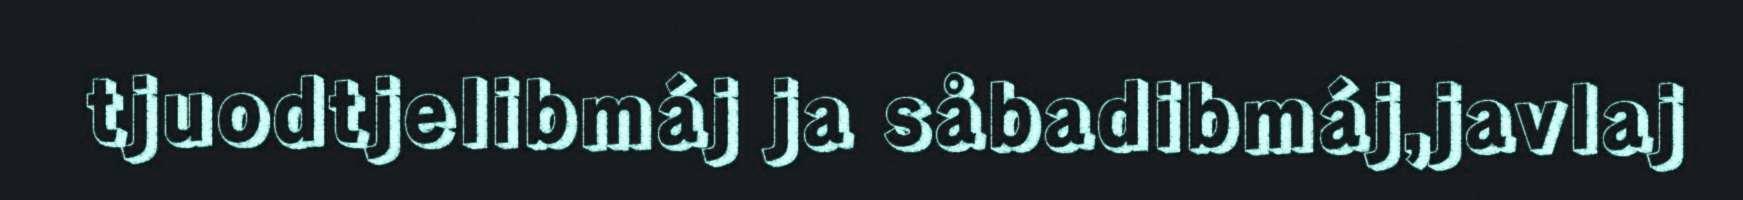
tjuodtjelibmáj ja såbadibmáj,javlaj